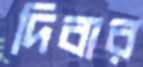
দিবার